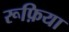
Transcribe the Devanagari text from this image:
रूफ़िया